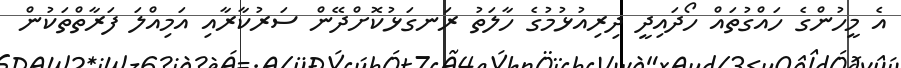
އެ މީހުންގެ ހައްގުތައް ހޯދައިދީ ދިރިއުޅުމުގެ ހާލަތު ރަނގަޅުކޮށްދޭން ސަރުކާރާއި އަމިއްލަ ފަރާތްތަކުން